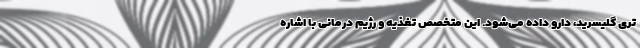
تری گلیسرید، دارو داده می‌شود. این متخصص تغذیه و رژیم درمانی با اشاره